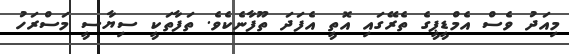
މިއަދު ވެސް އެމްޑީޕީގެ ތެރޭގައި އޮތީ އެފަދަ ތޫފާނެކެވެ. ތަފާތަކީ ސިޔާސީ މަސްރަހު